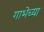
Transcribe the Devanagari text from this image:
गाभेच्या